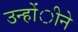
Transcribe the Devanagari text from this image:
उन्होंीने